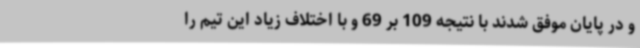
و در پایان موفق شدند با نتیجه 109 بر 69 و با اختلاف زیاد این تیم را